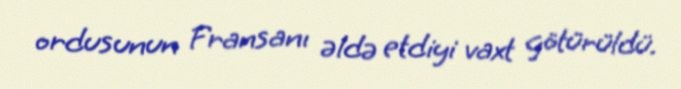
ordusunun Fransanı əldə etdiyi vaxt götürüldü.